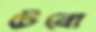
টেনো